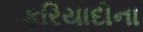
ફરિયાદોના